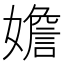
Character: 㜬